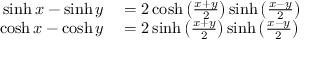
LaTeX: \begin{array} { r l } { \sinh x - \sinh y } & { { } = 2 \cosh \left( { \frac { x + y } { 2 } } \right) \sinh \left( { \frac { x - y } { 2 } } \right) } \\ { \cosh x - \cosh y } & { { } = 2 \sinh \left( { \frac { x + y } { 2 } } \right) \sinh \left( { \frac { x - y } { 2 } } \right) } \end{array}